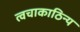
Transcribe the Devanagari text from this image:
त्वचाकाठिन्य